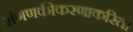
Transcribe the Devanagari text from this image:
संगणकीकरणाकरिता